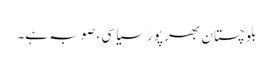
بلوچستان بھر پور سیاسی، صوبہ ہے۔